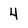
Character: 4